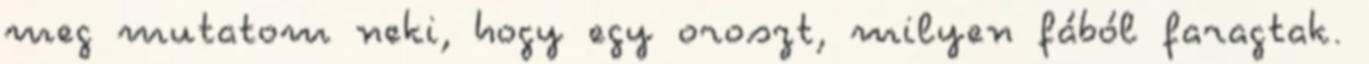
meg mutatom neki, hogy egy oroszt, milyen fából faragtak.